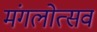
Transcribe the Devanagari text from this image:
मंगलोत्सव